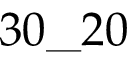
3 0 \_ 2 0